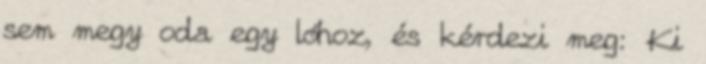
sem megy oda egy lóhoz, és kérdezi meg: Ki